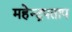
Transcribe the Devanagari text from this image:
महेन्द्रपताप